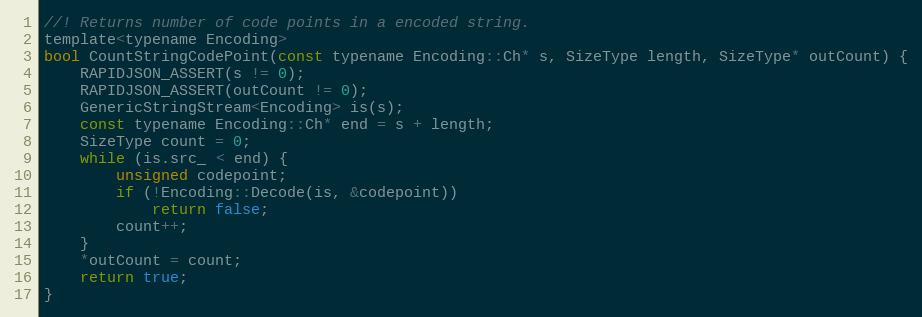
Language: C
//! Returns number of code points in a encoded string.
template<typename Encoding>
bool CountStringCodePoint(const typename Encoding::Ch* s, SizeType length, SizeType* outCount) {
    RAPIDJSON_ASSERT(s != 0);
    RAPIDJSON_ASSERT(outCount != 0);
    GenericStringStream<Encoding> is(s);
    const typename Encoding::Ch* end = s + length;
    SizeType count = 0;
    while (is.src_ < end) {
        unsigned codepoint;
        if (!Encoding::Decode(is, &codepoint))
            return false;
        count++;
    }
    *outCount = count;
    return true;
}